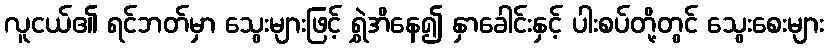
လူငယ်၏ ရင်ဘတ်မှာ သွေးများဖြင့် ရွှဲအိနေ၍ နှာခေါင်းနှင့် ပါးစပ်တို့တွင် သွေးစေးများ